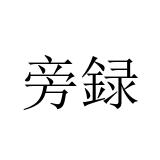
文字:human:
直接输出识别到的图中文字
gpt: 旁録